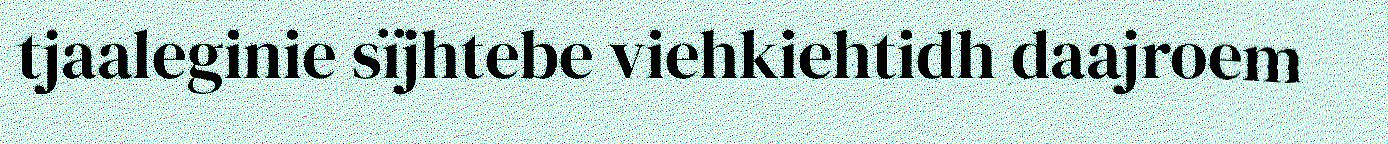
tjaaleginie sïjhtebe viehkiehtidh daajroem